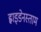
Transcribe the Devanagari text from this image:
ह्वाइडेनस्ताम